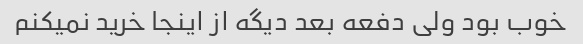
خوب بود ولی دفعه بعد دیگه از اینجا خرید نمیکنم